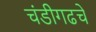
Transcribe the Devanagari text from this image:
चंडीगढचे